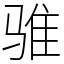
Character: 骓